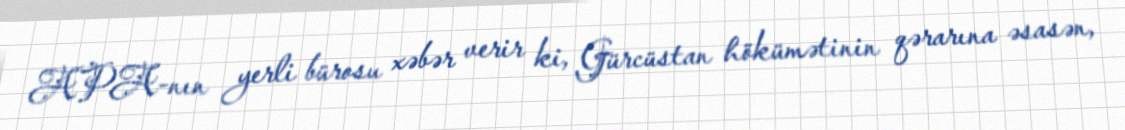
APA-nın yerli bürosu xəbər verir ki, Gürcüstan hökümətinin qərarına əsasən,